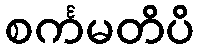
စင်္ကမတိပိ